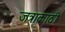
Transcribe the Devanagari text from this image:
जत्राकाठी